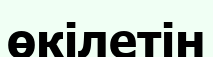
өкілетін